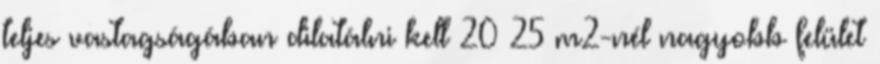
teljes vastagságában dilatálni kell 20 25 m2-nél nagyobb felület